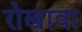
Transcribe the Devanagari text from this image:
रोखावा